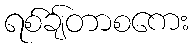
ရစ်ချ်တာစကေး